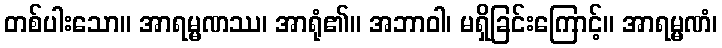
တစ်ပါးသော။ အာရမ္မဏဿ၊ အာရုံ၏။ အဘာဝါ၊ မရှိခြင်းကြောင့်။ အာရမ္မဏံ၊